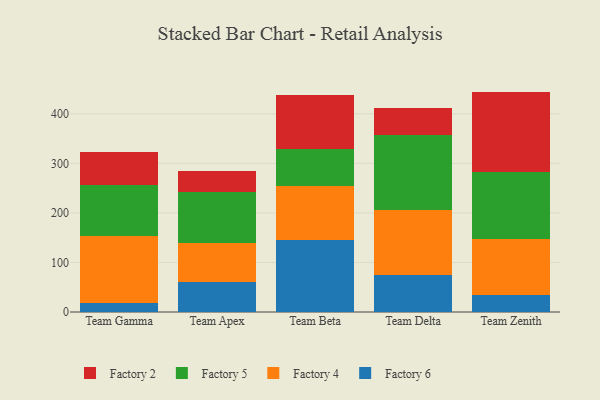
{"axis": {"x": "Team", "y": "LTV (USD)"}, "legend": ["Factory 2", "Factory 4", "Factory 5", "Factory 6"], "data": [{"x": "Team Gamma", "y": 18.6, "type": "Factory 6"}, {"x": "Team Gamma", "y": 134.8, "type": "Factory 4"}, {"x": "Team Gamma", "y": 102.9, "type": "Factory 5"}, {"x": "Team Gamma", "y": 67.6, "type": "Factory 2"}, {"x": "Team Apex", "y": 60.0, "type": "Factory 6"}, {"x": "Team Apex", "y": 78.8, "type": "Factory 4"}, {"x": "Team Apex", "y": 102.4, "type": "Factory 5"}, {"x": "Team Apex", "y": 44.0, "type": "Factory 2"}, {"x": "Team Beta", "y": 145.6, "type": "Factory 6"}, {"x": "Team Beta", "y": 109.2, "type": "Factory 4"}, {"x": "Team Beta", "y": 74.3, "type": "Factory 5"}, {"x": "Team Beta", "y": 108.5, "type": "Factory 2"}, {"x": "Team Delta", "y": 74.4, "type": "Factory 6"}, {"x": "Team Delta", "y": 130.7, "type": "Factory 4"}, {"x": "Team Delta", "y": 151.6, "type": "Factory 5"}, {"x": "Team Delta", "y": 55.6, "type": "Factory 2"}, {"x": "Team Zenith", "y": 33.6, "type": "Factory 6"}, {"x": "Team Zenith", "y": 113.7, "type": "Factory 4"}, {"x": "Team Zenith", "y": 135.4, "type": "Factory 5"}, {"x": "Team Zenith", "y": 162.1, "type": "Factory 2"}]}